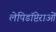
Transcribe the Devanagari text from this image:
लेपिडॉप्टेराओं